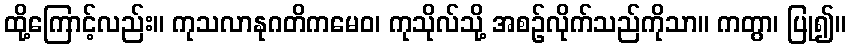
ထို့ကြောင့်လည်း။ ကုသလာနုဂတိကမေဝ၊ ကုသိုလ်သို့ အစဉ်လိုက်သည်ကိုသာ။ ကတွာ၊ ပြု၍။